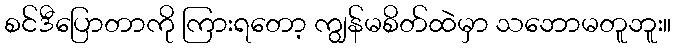
စင်ဒီပြောတာကို ကြားရတော့ ကျွန်မစိတ်ထဲမှာ သဘောမတူဘူး။